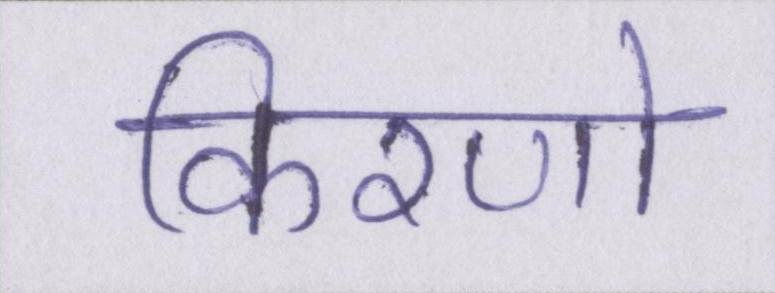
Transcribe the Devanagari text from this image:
किरणो